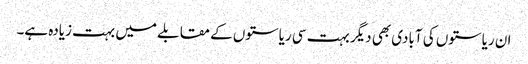
ان ریاستوں کی آبادی بھی دیگر بہت سی ریاستوں کے مقابلے میں بہت زیادہ ہے۔